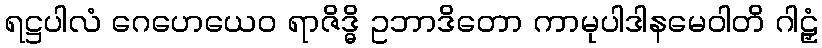
ရဋ္ဌပါလံ ဂေဟေယေဝ ရာဇိဒ္ဓိ ဥဘာဒိတော ကာမုပါဒါနမေဝါတိ ဂါဠှံ